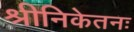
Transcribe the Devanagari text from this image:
श्रीनिकेतनः